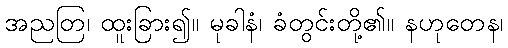
အညတြ၊ ထူးခြား၍။ မုခါနံ၊ ခံတွင်းတို့၏။ နဟုတေန၊